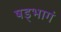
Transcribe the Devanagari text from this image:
षड्भागं